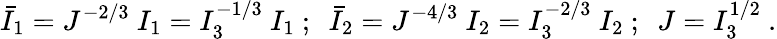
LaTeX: {\bar{I}}_{1}=J^{-2/3}~I_{1}=I_{3}^{-1/3}~I_{1}~;~~{\bar{I}}_{2}=J^{-4/3}~I_{2}=I_{3}^{-2/3}~I_{2}~;~~J=I_{3}^{1/2}~.